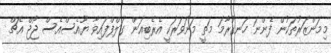
މިމަންޒަރުތަކުން ފެންނަ ހަނގުރާމަ މަތީ މަނަވަރަކީ އެރެބިއަން ގަލްފްފައިވާ ޔޫއެސްއެސް ޖޯޖް އެޗް